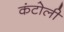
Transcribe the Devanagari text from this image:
कंटोली